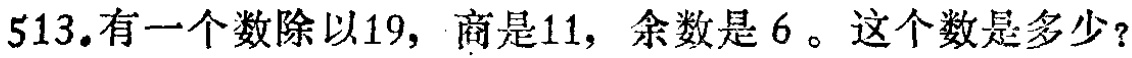
513.有一个数除以19，商是11，余数是6 。这个数是多少？